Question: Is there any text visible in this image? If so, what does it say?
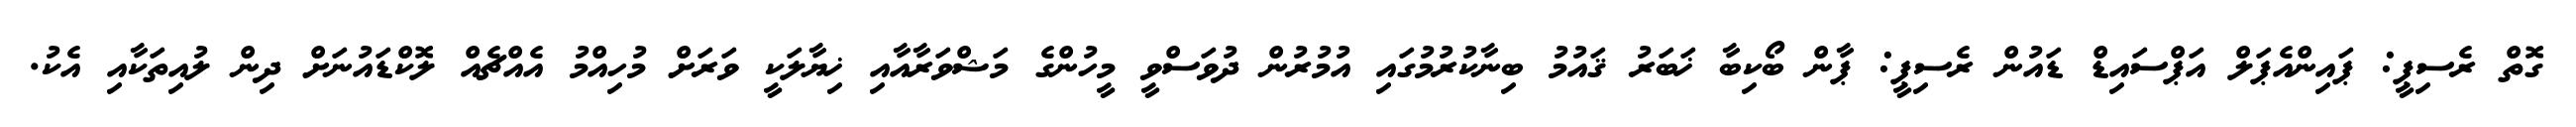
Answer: ގޮތް ރެސިޕީ: ޕައިންއެޕަލް އަޕްސައިޑް ޑައުން ރެސިޕީ: ޕާން ބޯކިބާ ޚަބަރު ޤައުމު ބިނާކުރުމުގައި އުމުރުން ދުވަސްވީ މީހުންގެ މަޝްވަރާއާއި ޚިޔާލަކީ ވަރަށް މުހިއްމު އެއްޗެއް ލޮކްޑައުނަށް ދިން ލުއިތަކާއި އެކު.